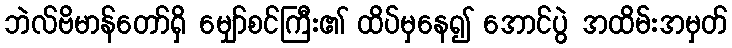
ဘဲလ်ဗိမာန်တော်ရှိ မျှော်စင်ကြီး၏ ထိပ်မှနေ၍ အောင်ပွဲ အထိမ်းအမှတ်